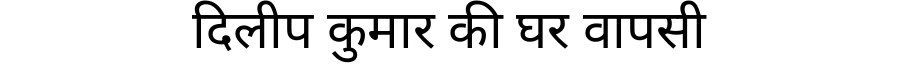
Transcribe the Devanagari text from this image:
दिलीप कुमार की घर वापसी